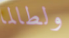
ولطالما